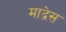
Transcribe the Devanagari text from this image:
माद्रेस